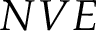
N V E